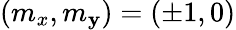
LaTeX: (m_{x},m_{\mathbf{y}})=(\pm1,0)